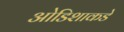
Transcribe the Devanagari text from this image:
ओडिशाकडे